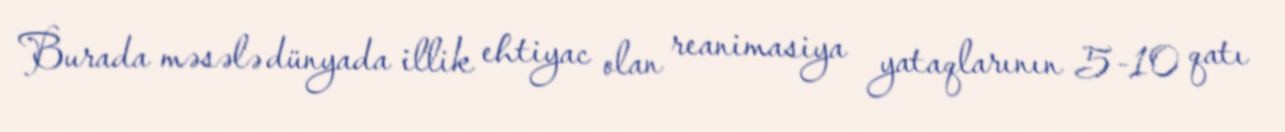
Burada məsələ dünyada illik ehtiyac olan reanimasiya yataqlarının 5-10 qatı